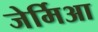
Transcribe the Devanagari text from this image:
जेर्मिआ